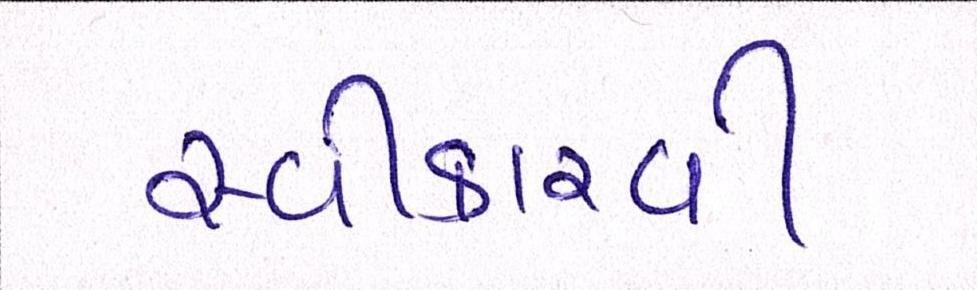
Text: સ્વીકારવી